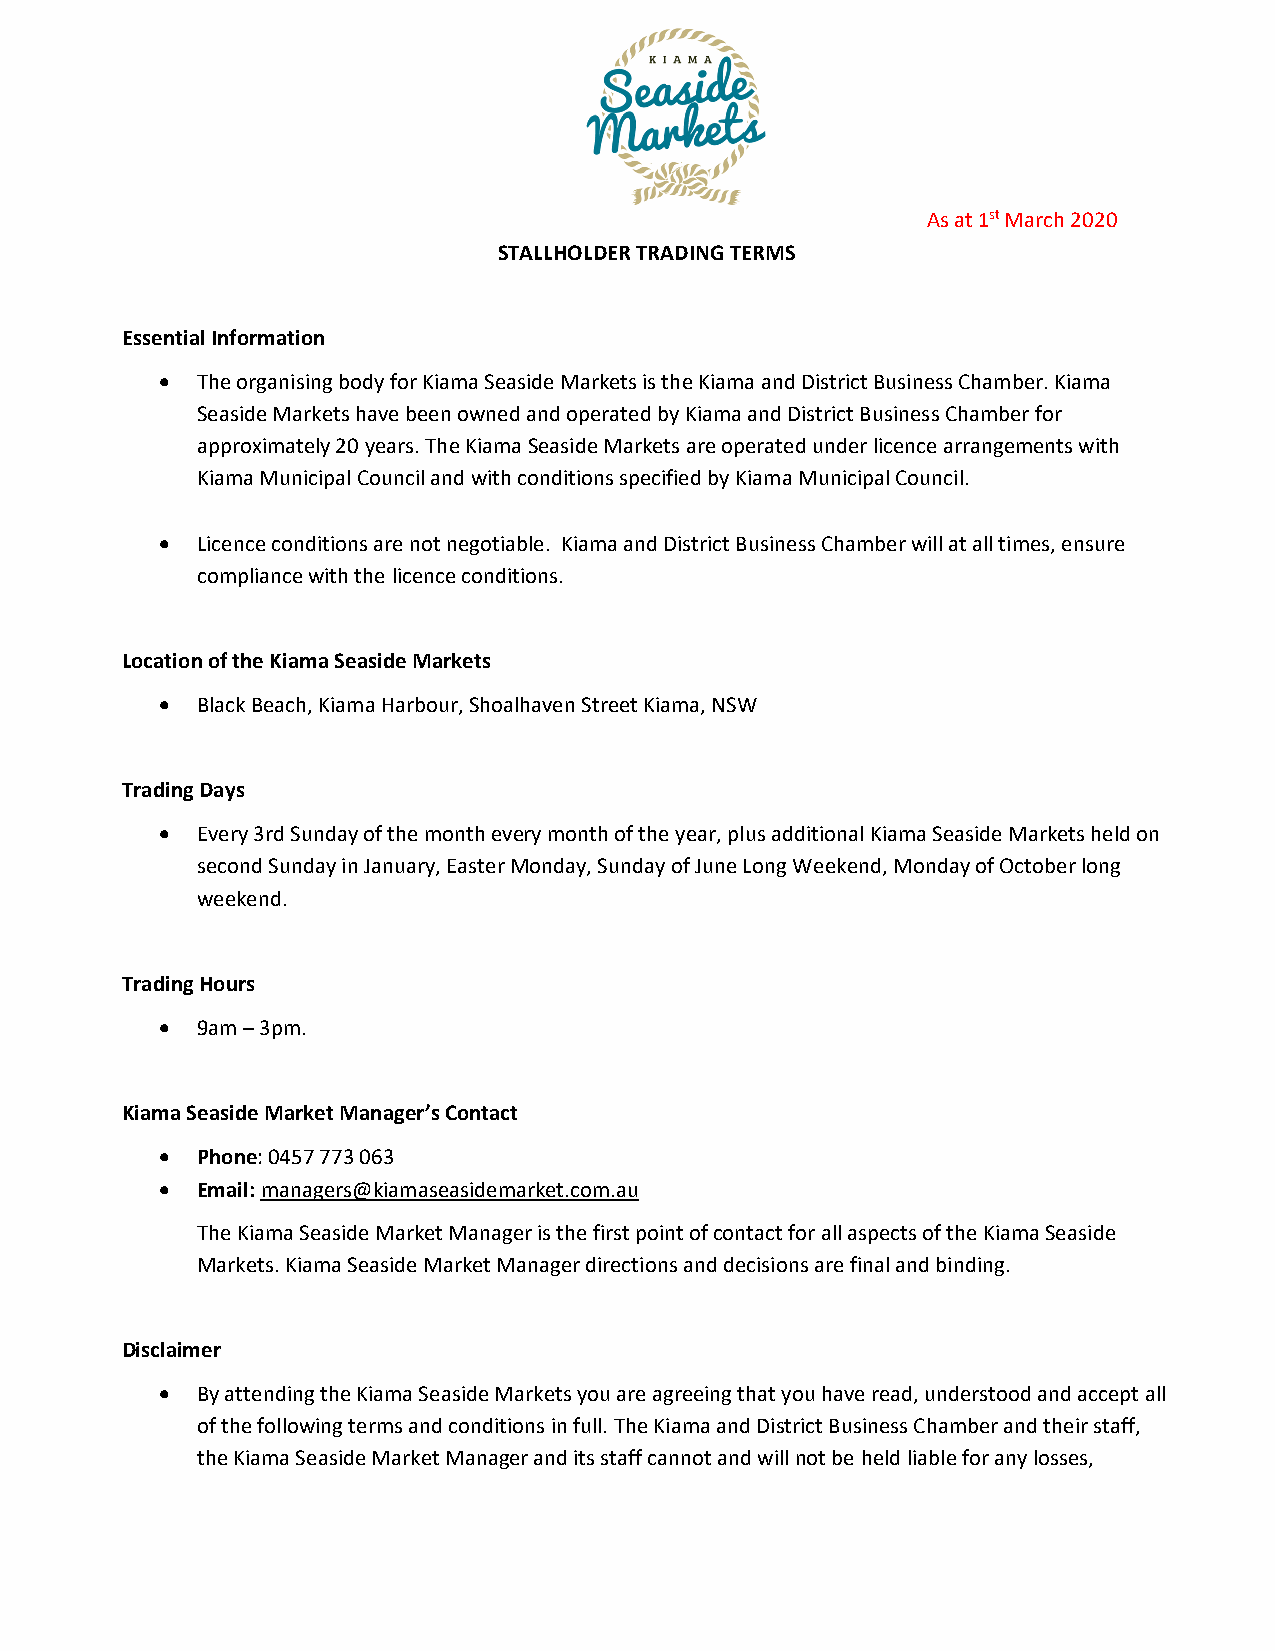
As at 1st March 2020
 STALLHOLDER TRADING TERMS
 Essential Information
 • The organising body for Kiama Seaside Markets is the Kiama and District Business Chamber. Kiama
 Seaside Markets have been owned and operated by Kiama and District Business Chamber for
 approximately 20 years. The Kiama Seaside Markets are operated under licence arrangements with
 Kiama Municipal Council and with conditions specified by Kiama Municipal Council.
 • Licence conditions are not negotiable. Kiama and District Business Chamber will at all times, ensure
 compliance with the licence conditions.
 Location of the Kiama Seaside Markets
 • Black Beach, Kiama Harbour, Shoalhaven Street Kiama, NSW
 Trading Days
 • Every 3rd Sunday of the month every month of the year, plus additional Kiama Seaside Markets held on
 second Sunday in January, Easter Monday, Sunday of June Long Weekend, Monday of October long
 weekend.
 Trading Hours
 • 9am – 3pm.
 Kiama Seaside Market Manager’s Contact
 • Phone: 0457 773 063
 • Email: managers@kiamaseasidemarket.com.au
 The Kiama Seaside Market Manager is the first point of contact for all aspects of the Kiama Seaside
 Markets. Kiama Seaside Market Manager directions and decisions are final and binding.
 Disclaimer
 • By attending the Kiama Seaside Markets you are agreeing that you have read, understood and accept all
 of the following terms and conditions in full. The Kiama and District Business Chamber and their staff,
 the Kiama Seaside Market Manager and its staff cannot and will not be held liable for any losses,